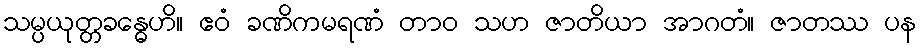
သမ္ပယုတ္တခန္ဓေဟိ။ ဧဝံ ခဏိကမရဏံ တာဝ သဟ ဇာတိယာ အာဂတံ။ ဇာတဿ ပန